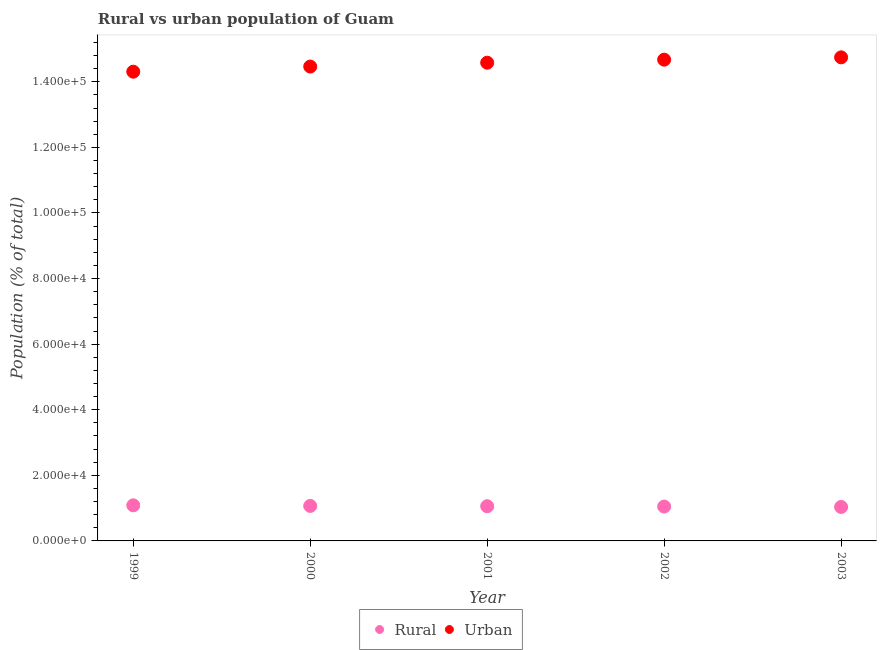
| Year | Rural | Urban |
 | --- | --- | --- |
 | 1999 | 1.09e+04 | 1.43e+05 |
 | 2000 | 1.07e+04 | 1.45e+05 |
 | 2001 | 1.06e+04 | 1.46e+05 |
 | 2002 | 1.05e+04 | 1.47e+05 |
 | 2003 | 1.04e+04 | 1.47e+05 |